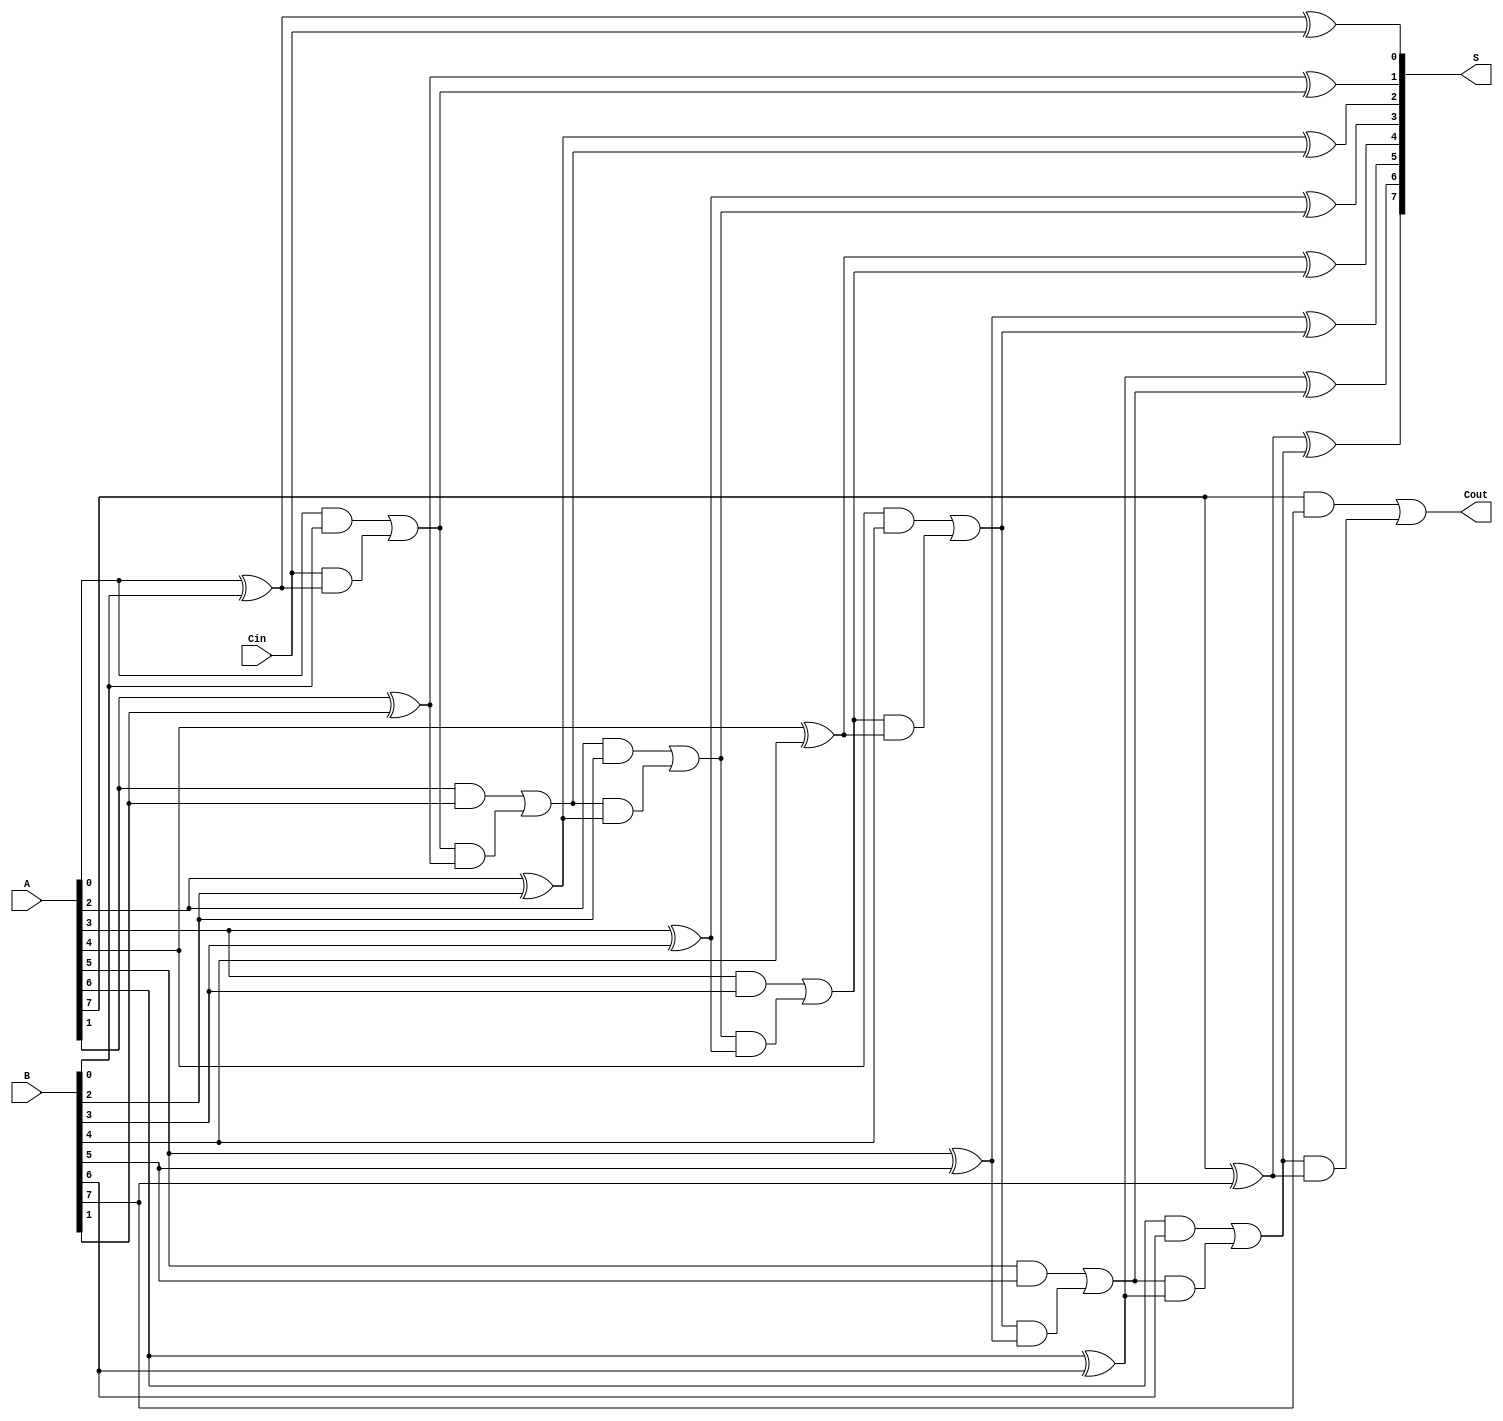
module ManchesterCarryChainAdder #(parameter N = 8) (
    input  wire [N-1:0] A,      // First n-bit input
    input  wire [N-1:0] B,      // Second n-bit input
    input  wire Cin,             // Carry-in input
    output wire [N-1:0] S,       // n-bit sum output
    output wire Cout             // Carry-out output
);

    wire [N:0] C; // Carry array, C[0] is the carry-in, C[N] is the carry-out

    // Assign the carry-in to the first carry bit
    assign C[0] = Cin;

    // Generate carry and sum for each bit
    genvar i;
    generate
        for (i = 0; i < N; i = i + 1) begin : carry_sum
            // Carry generation
            assign C[i + 1] = (A[i] & B[i]) | (C[i] & (A[i] ^ B[i]));
            // Sum calculation
            assign S[i] = A[i] ^ B[i] ^ C[i];
        end
    endgenerate

    // Assign the last carry as the carry-out
    assign Cout = C[N];

endmodule